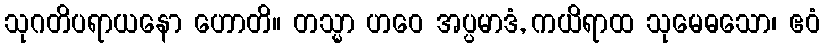
သုဂတိပရာယနော ဟောတိ။ တသ္မာ ဟဝေ အပ္ပမာဒံ, ကယိရာထ သုမေဓသော၊ ဧဝံ